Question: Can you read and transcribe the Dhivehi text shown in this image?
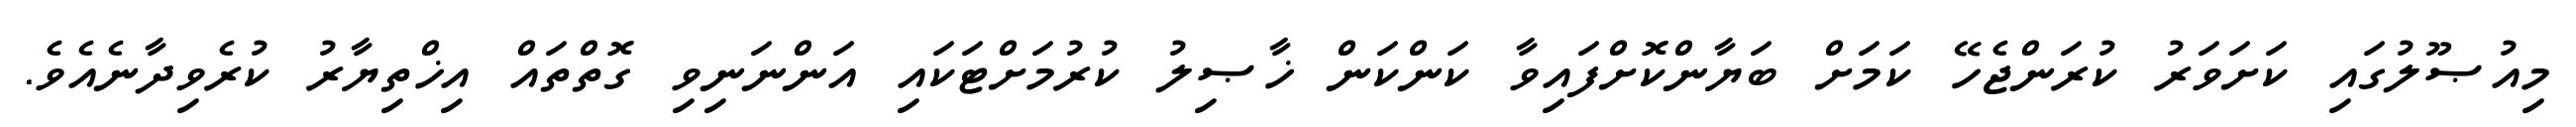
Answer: މިއުޞޫލުގައި ކަށަވަރު ކުރަންޖެހޭ ކަމަށް ބަޔާންކޮށްފައިވާ ކަންކަން ޚާޞިލު ކުރުމަށްޓަކައި އަންނަނިވި ގޮތްތައް އިޚްތިޔާރު ކުރެވިދާނެއެވެ.